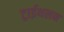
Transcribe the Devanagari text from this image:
ट्राईथलन